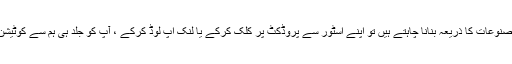
اگر آپ کچھ مصنوعات کا ذریعہ بنانا چاہتے ہیں تو اپنے اسٹور سے پروڈکٹ پر کلک کرکے یا لنک اپ لوڈ کرکے ، آپ کو جلد ہی ہم سے کوٹیشن مل جائے گا۔